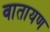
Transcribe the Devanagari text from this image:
वातायण